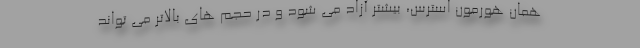
همان هورمون استرس، بیشتر آزاد می شود و در حجم های بالاتر می تواند